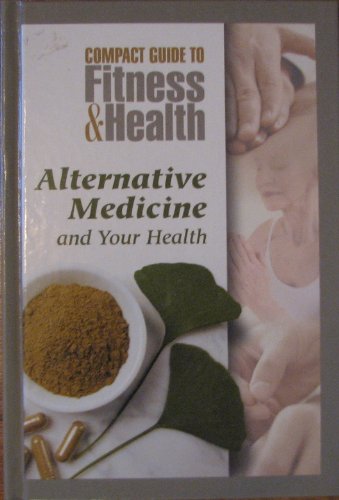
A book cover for Alternative Medicine and Your Health (Compact Guide to Fitness & Health); Health Clinic Mayo; Teen & Young Adult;